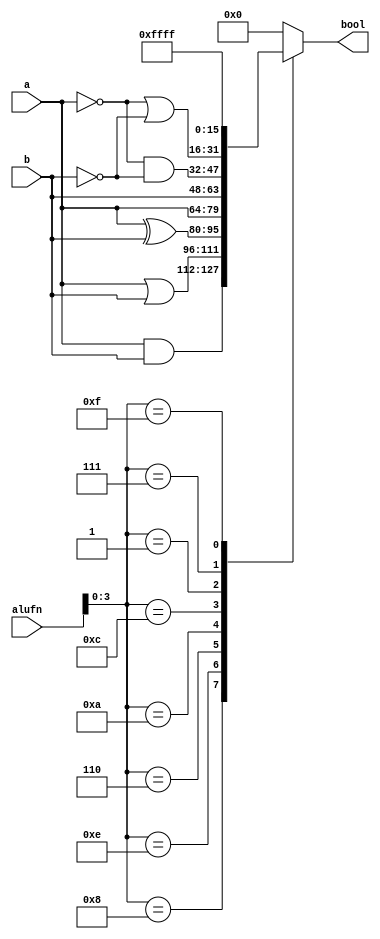
module alu_bool16_9 (
    input [15:0] a,
    input [15:0] b,
    input [5:0] alufn,
    output reg [15:0] bool
  );
  
  
  
  always @* begin
    
    case (alufn[0+3-:4])
      4'h8: begin
        bool = a & b;
      end
      4'he: begin
        bool = a | b;
      end
      4'h6: begin
        bool = a ^ b;
      end
      4'ha: begin
        bool = a;
      end
      4'hc: begin
        bool = b;
      end
      4'h1: begin
        bool = ~a & ~b;
      end
      4'h7: begin
        bool = ~a | ~b;
      end
      4'hf: begin
        bool = 16'hffff;
      end
      default: begin
        bool = 1'h0;
      end
    endcase
  end
endmodule